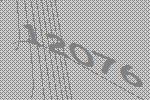
12076